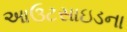
આઉટસાઇડના